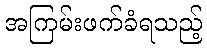
အကြမ်းဖက်ခံရသည့်